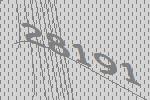
28191